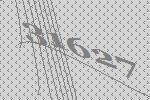
31627